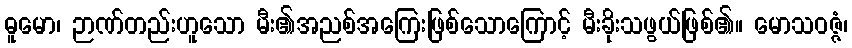
ဓူမော၊ ဉာဏ်တည်းဟူသော မီး၏အညစ်အကြေးဖြစ်သောကြောင့် မီးခိုးသဖွယ်ဖြစ်၏။ မောသဝဇ္ဇံ၊